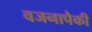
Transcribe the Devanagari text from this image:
वजनापैकी